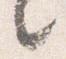
々